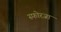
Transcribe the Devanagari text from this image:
स्फोरजा